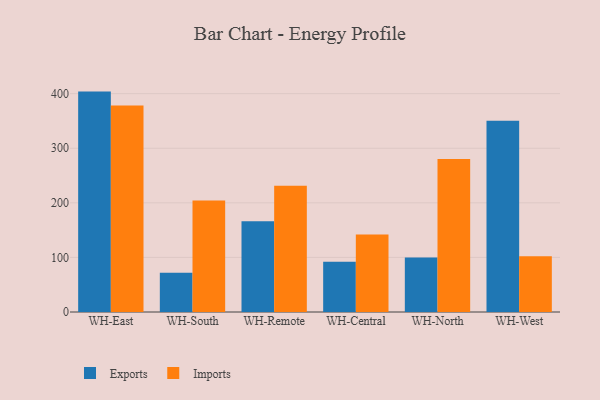
{"axis": {"x": "Warehouse", "y": "Temperature (°C)"}, "legend": ["Exports", "Imports"], "data": [{"x": "WH-East", "y": 403.8, "type": "Exports"}, {"x": "WH-East", "y": 378.5, "type": "Imports"}, {"x": "WH-South", "y": 71.8, "type": "Exports"}, {"x": "WH-South", "y": 204.2, "type": "Imports"}, {"x": "WH-Remote", "y": 166.4, "type": "Exports"}, {"x": "WH-Remote", "y": 231.2, "type": "Imports"}, {"x": "WH-Central", "y": 91.9, "type": "Exports"}, {"x": "WH-Central", "y": 142.2, "type": "Imports"}, {"x": "WH-North", "y": 99.9, "type": "Exports"}, {"x": "WH-North", "y": 280.2, "type": "Imports"}, {"x": "WH-West", "y": 350.4, "type": "Exports"}, {"x": "WH-West", "y": 102.0, "type": "Imports"}]}